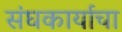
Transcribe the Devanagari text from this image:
संघकार्याचा